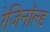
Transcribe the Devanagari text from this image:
रेजिनॉल्ड